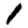
Digit: 1